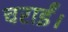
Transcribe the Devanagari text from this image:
चराईं।